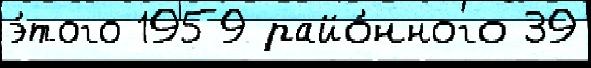
э́того 1959 райо́нного 39